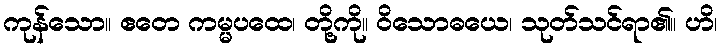
ကုန်သော။ ဧတေ ကမ္မပထေ၊ တို့ကို။ ဝိသောဓယေ၊ သုတ်သင်ရာ၏။ ဟိ၊